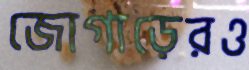
জোগাড়েরও